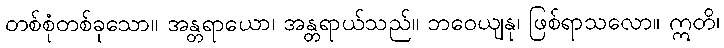
တစ်စုံတစ်ခုသော။ အန္တရာယော၊ အန္တရာယ်သည်။ ဘဝေယျနု၊ ဖြစ်ရာသလော။ ဣတိ၊